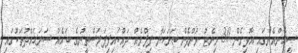
ސީއެންއެންގައި އޮޅިގެން 30 މިނެޓު ވަންދެން ބަރަހަނާ ފިލްމެއް ދައްކައިފިފަލަސްތީނުގެ ބައެއް ސަރަޙައްދުތަކުގައި